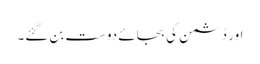
اور دُشمن کی بجائے دوست بن گئے۔